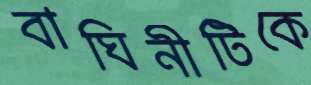
বাঘিনীটিকে